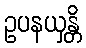
ဥပနယှန္တိ